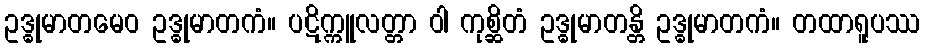
ဥဒ္ဓုမာတမေဝ ဥဒ္ဓုမာတကံ။ ပဋိက္ကူလတ္တာ ဝါ ကုစ္ဆိတံ ဥဒ္ဓုမာတန္တိ ဥဒ္ဓုမာတကံ။ တထာရူပဿ